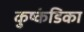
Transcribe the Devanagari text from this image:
कुष्कंडिका